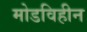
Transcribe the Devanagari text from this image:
मोडविहीन